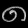
Digit: ၈